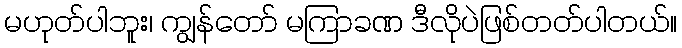
မဟုတ်ပါဘူး၊ ကျွန်တော် မကြာခဏ ဒီလိုပဲဖြစ်တတ်ပါတယ်။